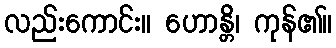
လည်းကောင်း။ ဟောန္တိ၊ ကုန်၏။